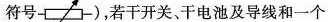
符号 )，若干开关、干电池及导线和一个